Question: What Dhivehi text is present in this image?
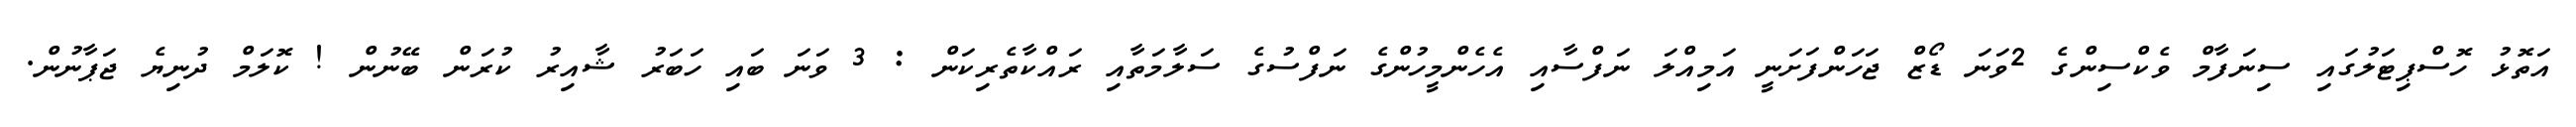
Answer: އަތޮޅު ހޮސްޕިޓަލުގައި ސިނަފާމް ވެކްސިންގެ 2ވަނަ ޑޯޒް ޖަހަންފަށަނީ އަމިއްލަ ނަފްސާއި އެހެންމީހުންގެ ނަފްސުގެ ސަލާމަތާއި ރައްކާތެރިކަން : 3 ވަނަ ބައި ހަބަރު ޝާއިރު ކުރަން ބޭނުން ! ކޮލަމް ދުނިޔެ ޖަޕާނުން.